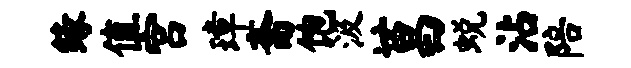
缘值宫璋斋饱汲莒蜕沾陪